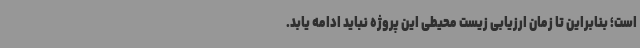
است؛ بنابراین تا زمان ارزیابی زیست محیطی این پروژه نباید ادامه یابد.